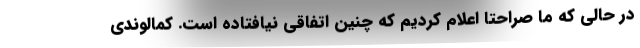
در حالی که ما صراحتا اعلام کردیم که چنین اتفاقی نیافتاده است. کمالوندی